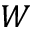
W